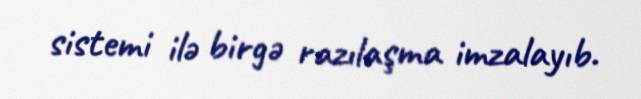
sistemi ilə birgə razılaşma imzalayıb.